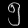
Digit: ၅